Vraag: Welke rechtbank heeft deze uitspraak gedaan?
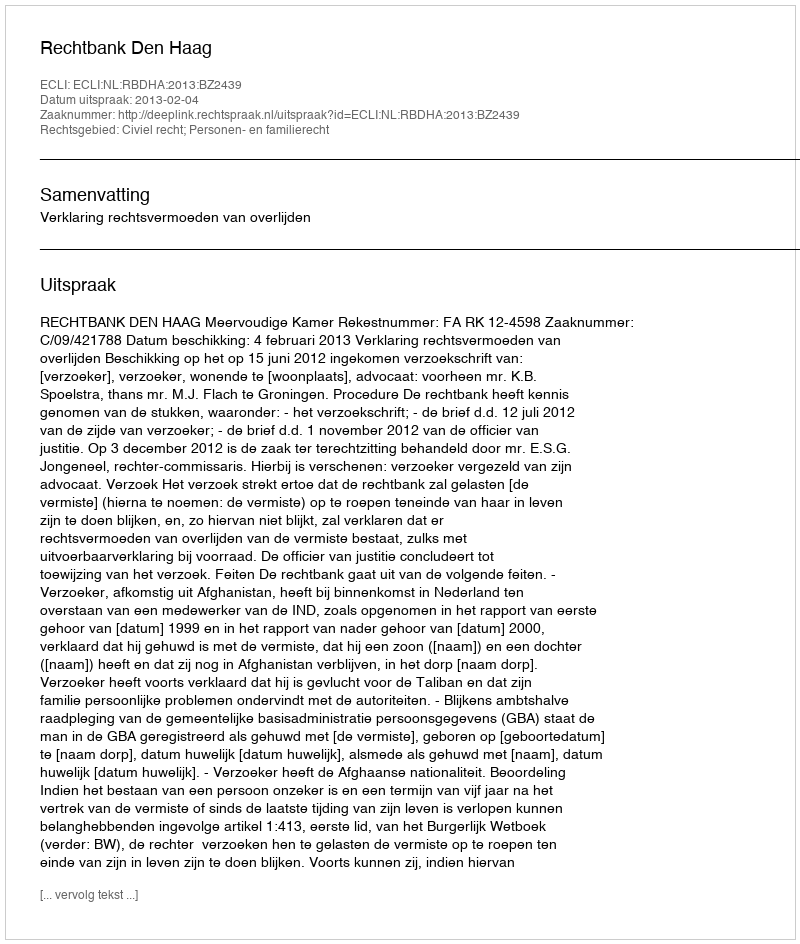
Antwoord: Rechtbank Den Haag